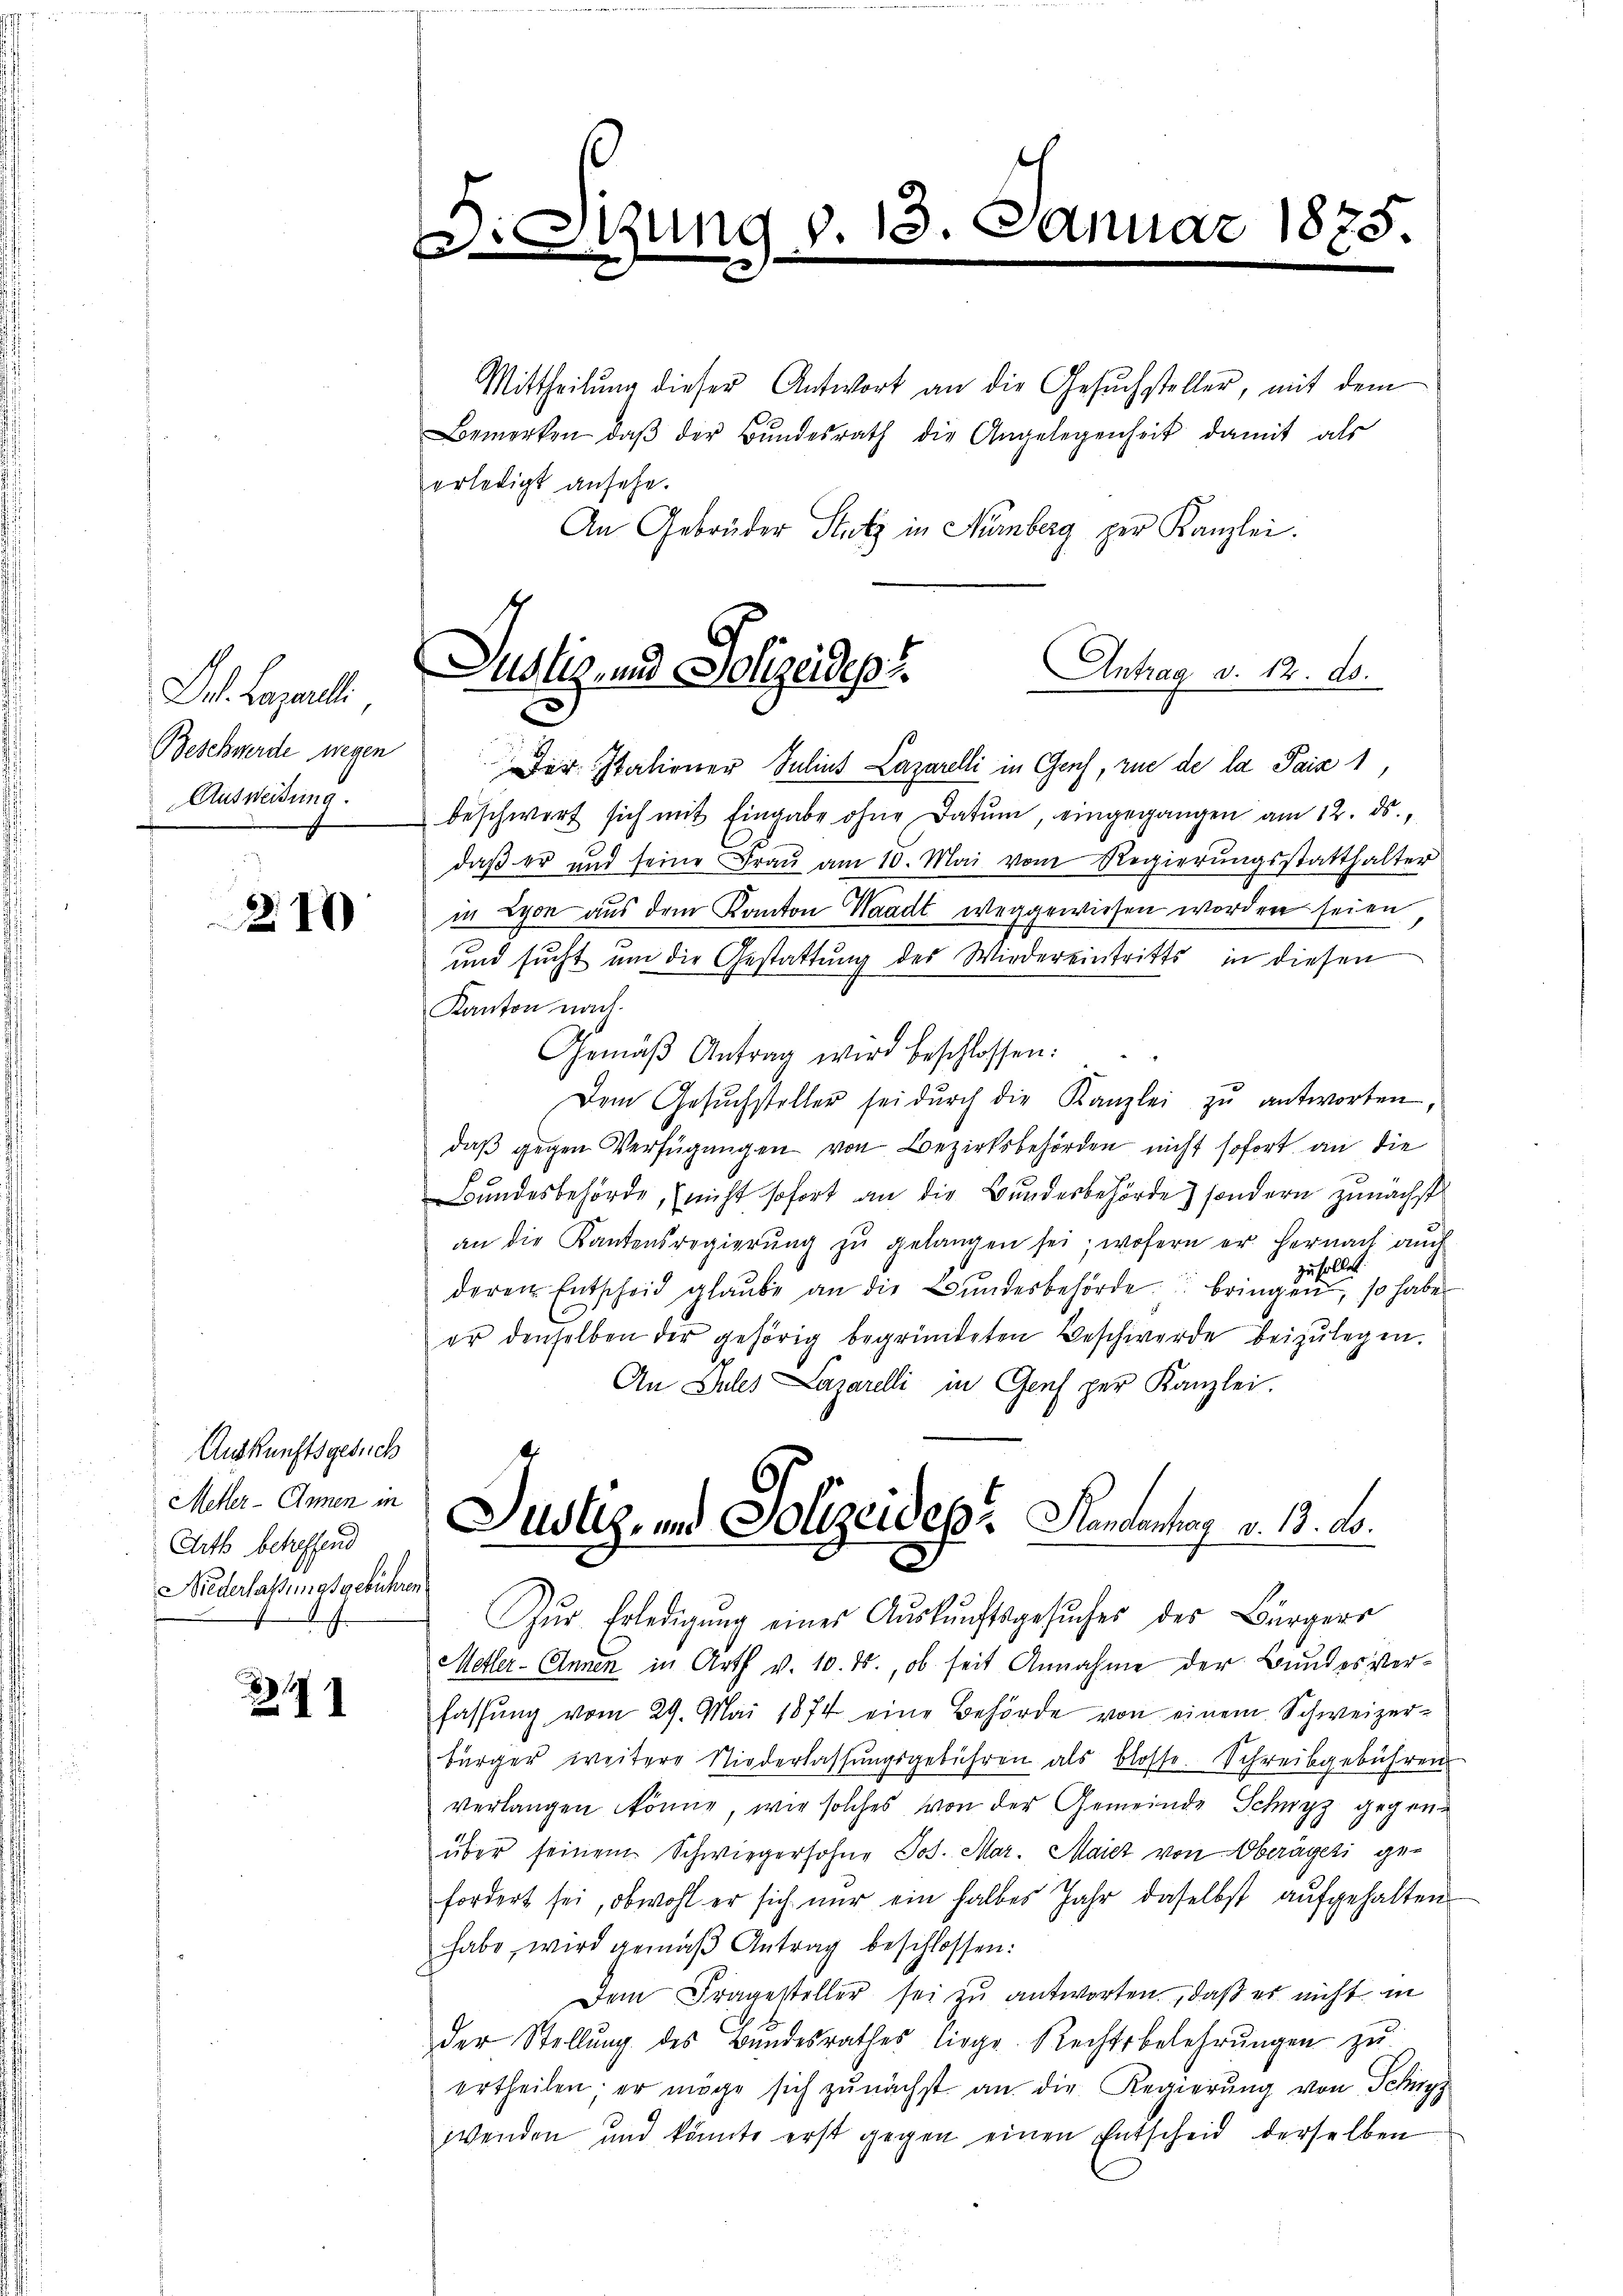
Frl. Lazarli
Beschwerde wegen
Ausweisung.

2.10

Auskunftsgesuch
Metler - Annen in
Arth betreffend
Niederlaßungsgebühren
f

21

i

ung d. 13.
.

t
Justiz- und Polizeides Antrag d. 12. ds.
¬

Mittheilung dieser Antwort an die Gesuchsteller, mit dem
Bemerken, daβ der Bŭndesrath die Angelegenheit damit als
erledigt ansehe.
An Gebrüder Stutz in Kümberg per Kanzlei.
Der Italiener Julius Lazarelli in Genf, zue de la Pais 1,
beschwert sich mit Eingabe ohne Datum eingegangen am 12. ds.,
daß er und seine Fraŭ am 10. Mai vom Regierŭngsstatthalter
in Lyon aus dem Kanton Waadt weggewiesen worden seien
und sucht um die Gestattung des Wiedereintritts in diesen
Kanton nach.
Gemäβ Antrag wird beschlossen:
Dem Gesŭchsteller sei dŭrch die Kanzlei zu antworten,
daβ gegen Verfügungen von Bezirksbehörden nicht sofort an die
Bundesbehörde, (nicht sofort an die Bunderbehörde) sondern zunächst
an die Kantonsregierŭng zŭ gelangen sei, wofern er hernach auch
u sollet.
deren Entscheid glaŭbe an die Bŭndesbehörde bringen, so habe
er denselben der gehörig begründeten Beschwerde beizulegen.
An Eiles Lazarelli in Genf per Kanzlei.
Justiz- und Polizeides. Handenhag v. 13. ds.
Zŭr Erledigŭng eines Aŭskŭnftsgesŭches des Bürgerr
Metler - Annen in Arth v. 10. ds., ob seit Annahme der Bundesverfassŭng vom 29. Mai 1874 eine Behörde von einem Schweizer-
bürger weitere Niederlassungsgebühren als blosse. Schreibgebühren
verlangen könne, wie solches von der Gemeinde Schwyz gegenüber seinem Schwiegersohne Jos. Mar. Maiez von Oberägeri gefordert sei, obwohl er sich nur ein halbes Jahr daselbst aufgehalten
habe, wird gemäβ Antrag beschlossen:
Dem Fragesteller sei zu antworten, daß es nicht in
der Stellŭng des Bundesrathes liege. Rechtsbelehrŭngen zŭ
ertheilen er möge sich zŭnächst an die Regierŭng von Schwyz
wenden und könnte erst gegen einen Entscheid derselben

1875.
e